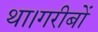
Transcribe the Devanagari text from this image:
था।गरीबों